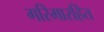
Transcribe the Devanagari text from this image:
गरिमारहित